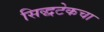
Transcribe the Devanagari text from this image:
सिद्धटेकचा